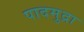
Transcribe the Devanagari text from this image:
पादमुद्रा